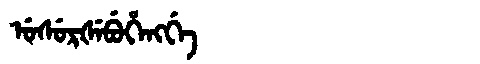
Manchu: ᡠᠰᡠᡵᡧᡝᠪᡠᡥᡝᠩᡤᡝ
Romanization: USURŠEBUHENGGE